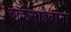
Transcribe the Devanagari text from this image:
दादासाहेबांना